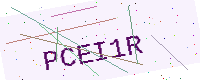
Text: PCEI1R